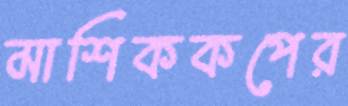
মাশিককপের